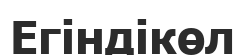
Егіндікөл